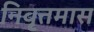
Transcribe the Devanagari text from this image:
निवृत्तमास